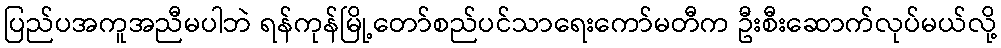
ပြည်ပအကူအညီမပါဘဲ ရန်ကုန်မြို့တော်စည်ပင်သာရေးကော်မတီက ဦးစီးဆောက်လုပ်မယ်လို့